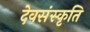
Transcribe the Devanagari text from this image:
देवसंस्कृति